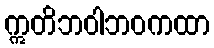
ဣတိဘဝါဘဝကထာ